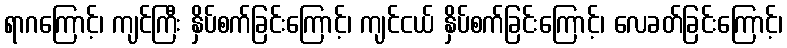
ရာဂကြောင့်၊ ကျင်ကြီး နှိပ်စက်ခြင်းကြောင့်၊ ကျင်ငယ် နှိပ်စက်ခြင်းကြောင့်၊ လေခတ်ခြင်းကြောင့်၊